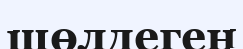
шөлдеген